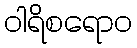
ဝါရိစရောဝ